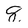
Character: 8